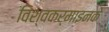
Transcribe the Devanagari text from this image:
विश्वकर्माइनके